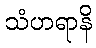
သံဟရာနိ